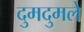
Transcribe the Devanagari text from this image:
दुमदुमले